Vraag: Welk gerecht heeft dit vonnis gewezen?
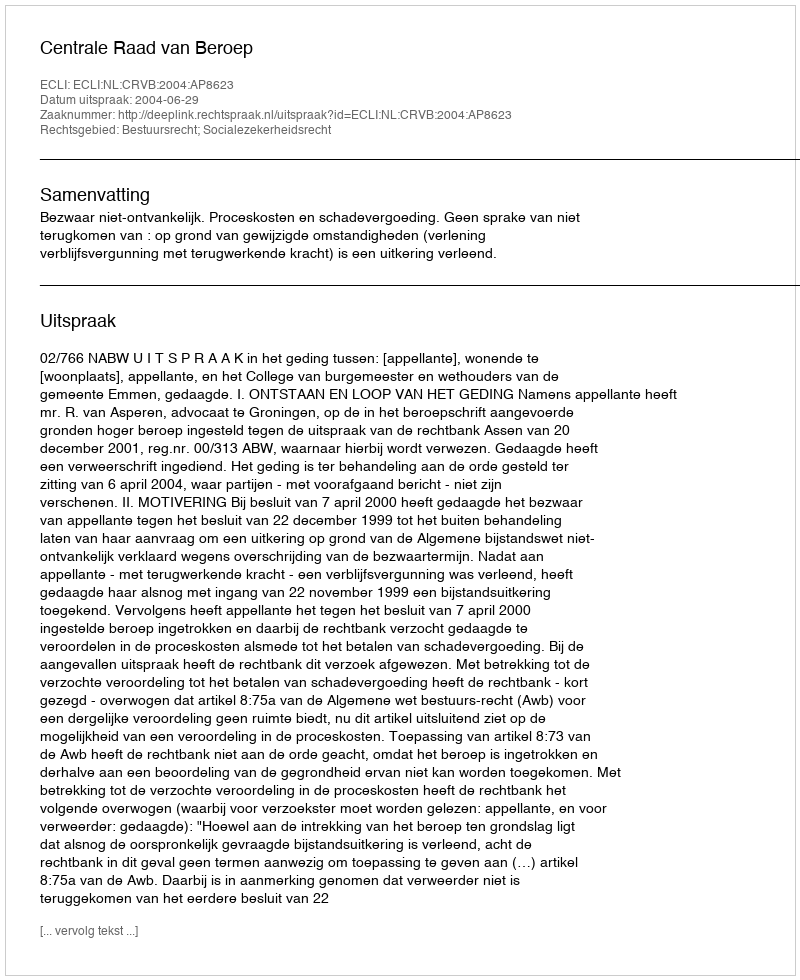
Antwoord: Centrale Raad van Beroep